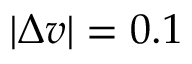
| \Delta v | = 0 . 1